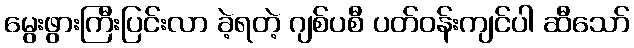
မွေးဖွားကြီးပြင်းလာ ခဲ့ရတဲ့ ဂျစ်ပစီ ပတ်ဝန်းကျင်ပါ ဆီသော်